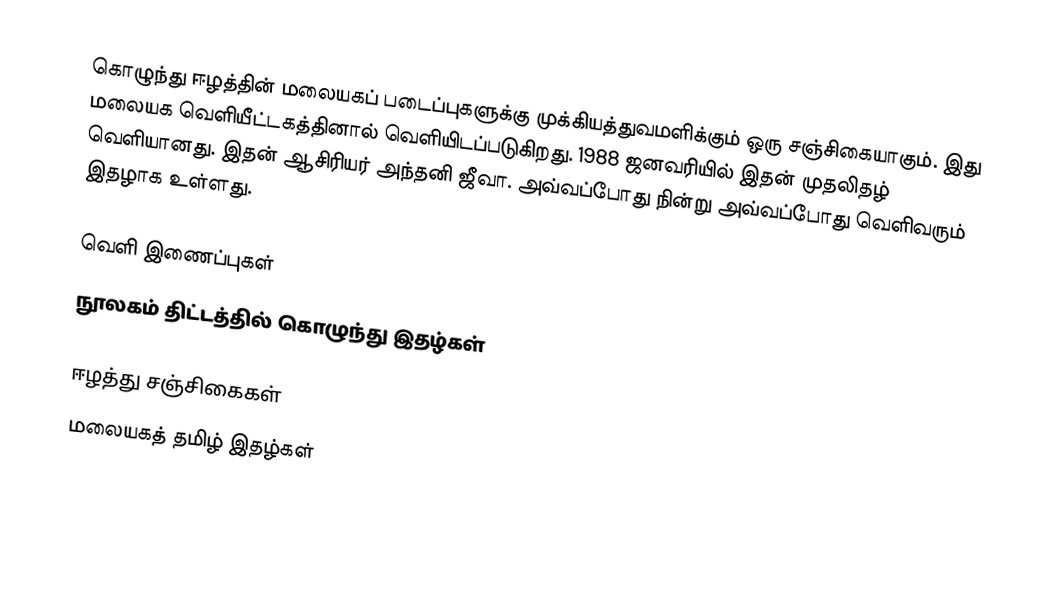
கொழுந்து ஈழத்தின் மலையகப் படைப்புகளுக்கு முக்கியத்துவமளிக்கும் ஒரு சஞ்சிகையாகும். இது மலையக வெளியீட்டகத்தினால் வெளியிடப்படுகிறது. 1988 ஜனவரியில் இதன் முதலிதழ் வெளியானது. இதன் ஆசிரியர் அந்தனி ஜீவா. அவ்வப்போது நின்று அவ்வப்போது வெளிவரும் இதழாக உள்ளது.

வெளி இணைப்புகள்
 நூலகம் திட்டத்தில் கொழுந்து இதழ்கள்

ஈழத்து சஞ்சிகைகள்
மலையகத் தமிழ் இதழ்கள்